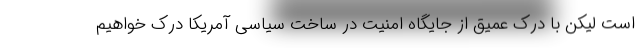
است لیکن با درک عمیق از جایگاه امنیت در ساخت سیاسی آمریکا درک خواهیم